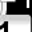
Digit: 1